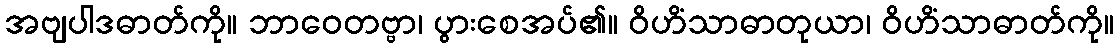
အဗျပါဒဓာတ်ကို။ ဘာဝေတဗ္ဗာ၊ ပွားစေအပ်၏။ ဝိဟိံသာဓာတုယာ၊ ဝိဟိံသာဓာတ်ကို။